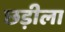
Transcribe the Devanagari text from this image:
छड़ीला